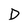
Character: D